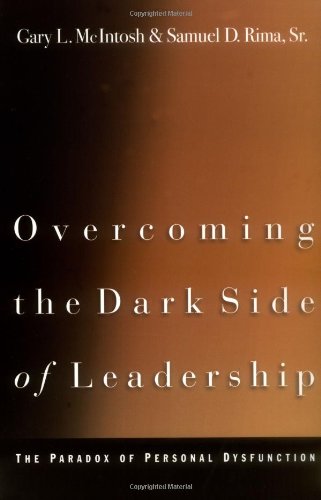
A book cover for Overcoming the Dark Side of Leadership: The Paradox of Personal Dysfunction; Gary L. McIntosh; Religion & Spirituality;